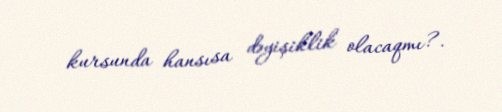
kursunda hansısa dəyişiklik olacaqmı?.